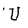
Character: U